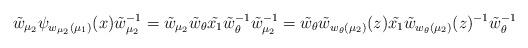
LaTeX: \begin{align*}\tilde{w}_{\mu_2} \psi_{w_{\mu_2}(\mu_1)}(x)\tilde{w}_{\mu_2}^{-1}=\tilde{w}_{\mu_2} \tilde{w}_\theta\tilde{x_1}\tilde{w}_\theta^{-1}\tilde{w}_{\mu_2}^{-1}=\tilde{w}_\theta\tilde{w}_{w_\theta(\mu_2)}(z)\tilde{x_1}\tilde{w}_{w_\theta(\mu_2)}(z)^{-1}\tilde{w}_\theta^{-1}\end{align*}